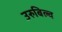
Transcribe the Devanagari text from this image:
उरुबिल्व